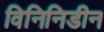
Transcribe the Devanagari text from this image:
विनिनिडीन